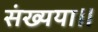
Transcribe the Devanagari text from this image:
संख्यया॥